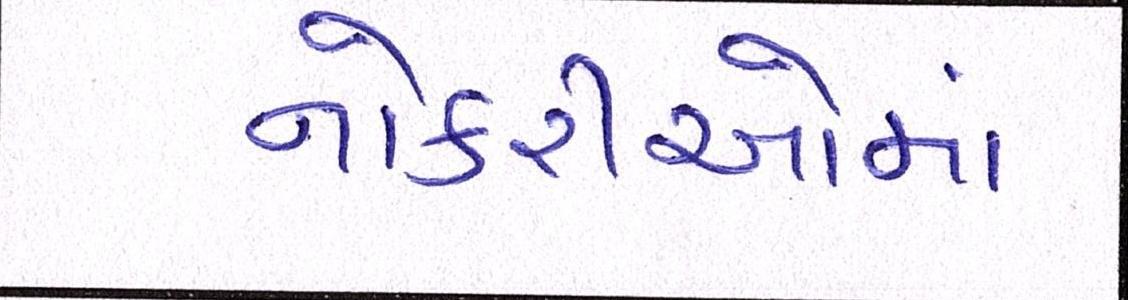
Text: નોકરીઓમાં